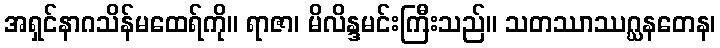
အရှင်နာဂသိန်မထေရ်ကို။ ရာဇာ၊ မိလိန္ဒမင်းကြီးသည်။ သတဿာဿဂ္ဃနတေန၊